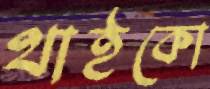
থাইকো